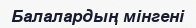
Балалардың мiнгенi